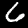
Label: 6